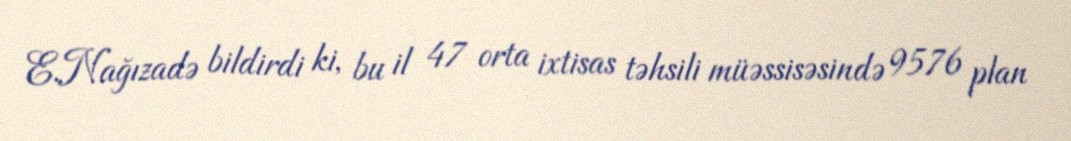
E.Nağızadə bildirdi ki, bu il 47 orta ixtisas təhsili müəssisəsində 9576 plan